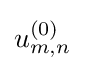
u_{m,n}^{(0)}